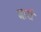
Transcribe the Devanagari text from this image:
बार्रा